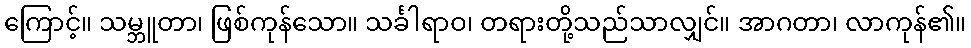
ကြောင့်။ သမ္ဘူတာ၊ ဖြစ်ကုန်သော။ သင်္ခါရာဝ၊ တရားတို့သည်သာလျှင်။ အာဂတာ၊ လာကုန်၏။